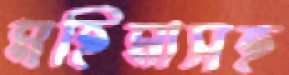
মহিমাসহ